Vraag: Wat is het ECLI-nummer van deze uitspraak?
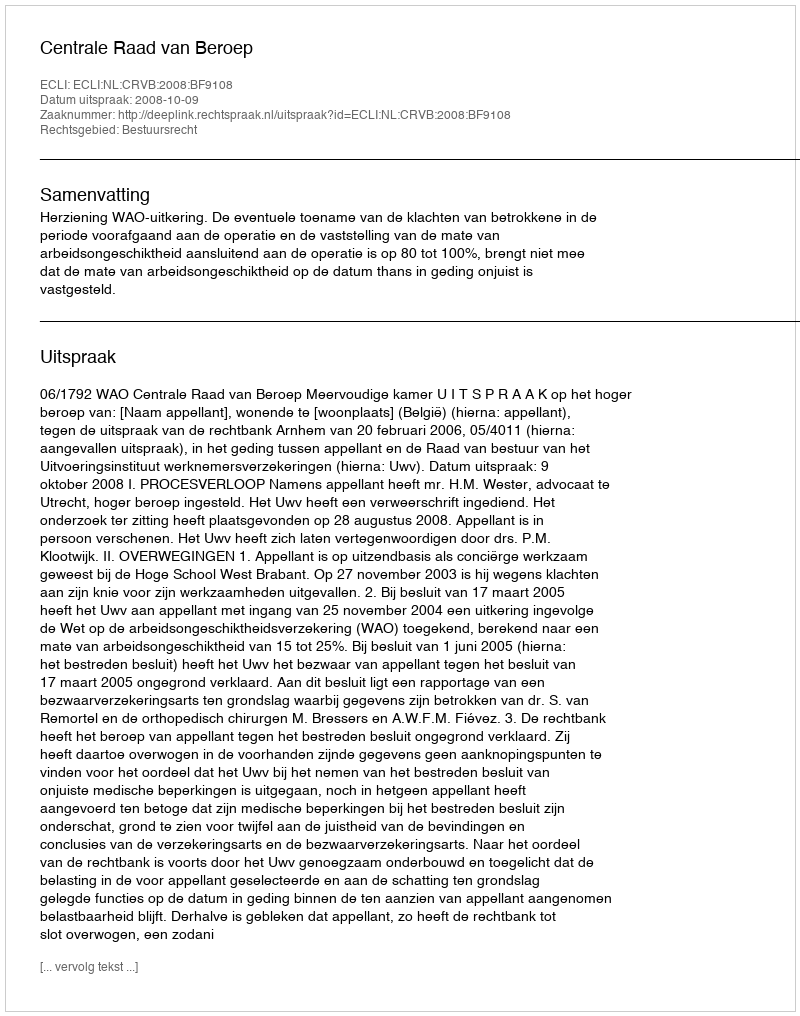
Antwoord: ECLI:NL:CRVB:2008:BF9108